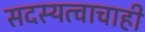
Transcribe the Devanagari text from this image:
सदस्यत्वाचाही